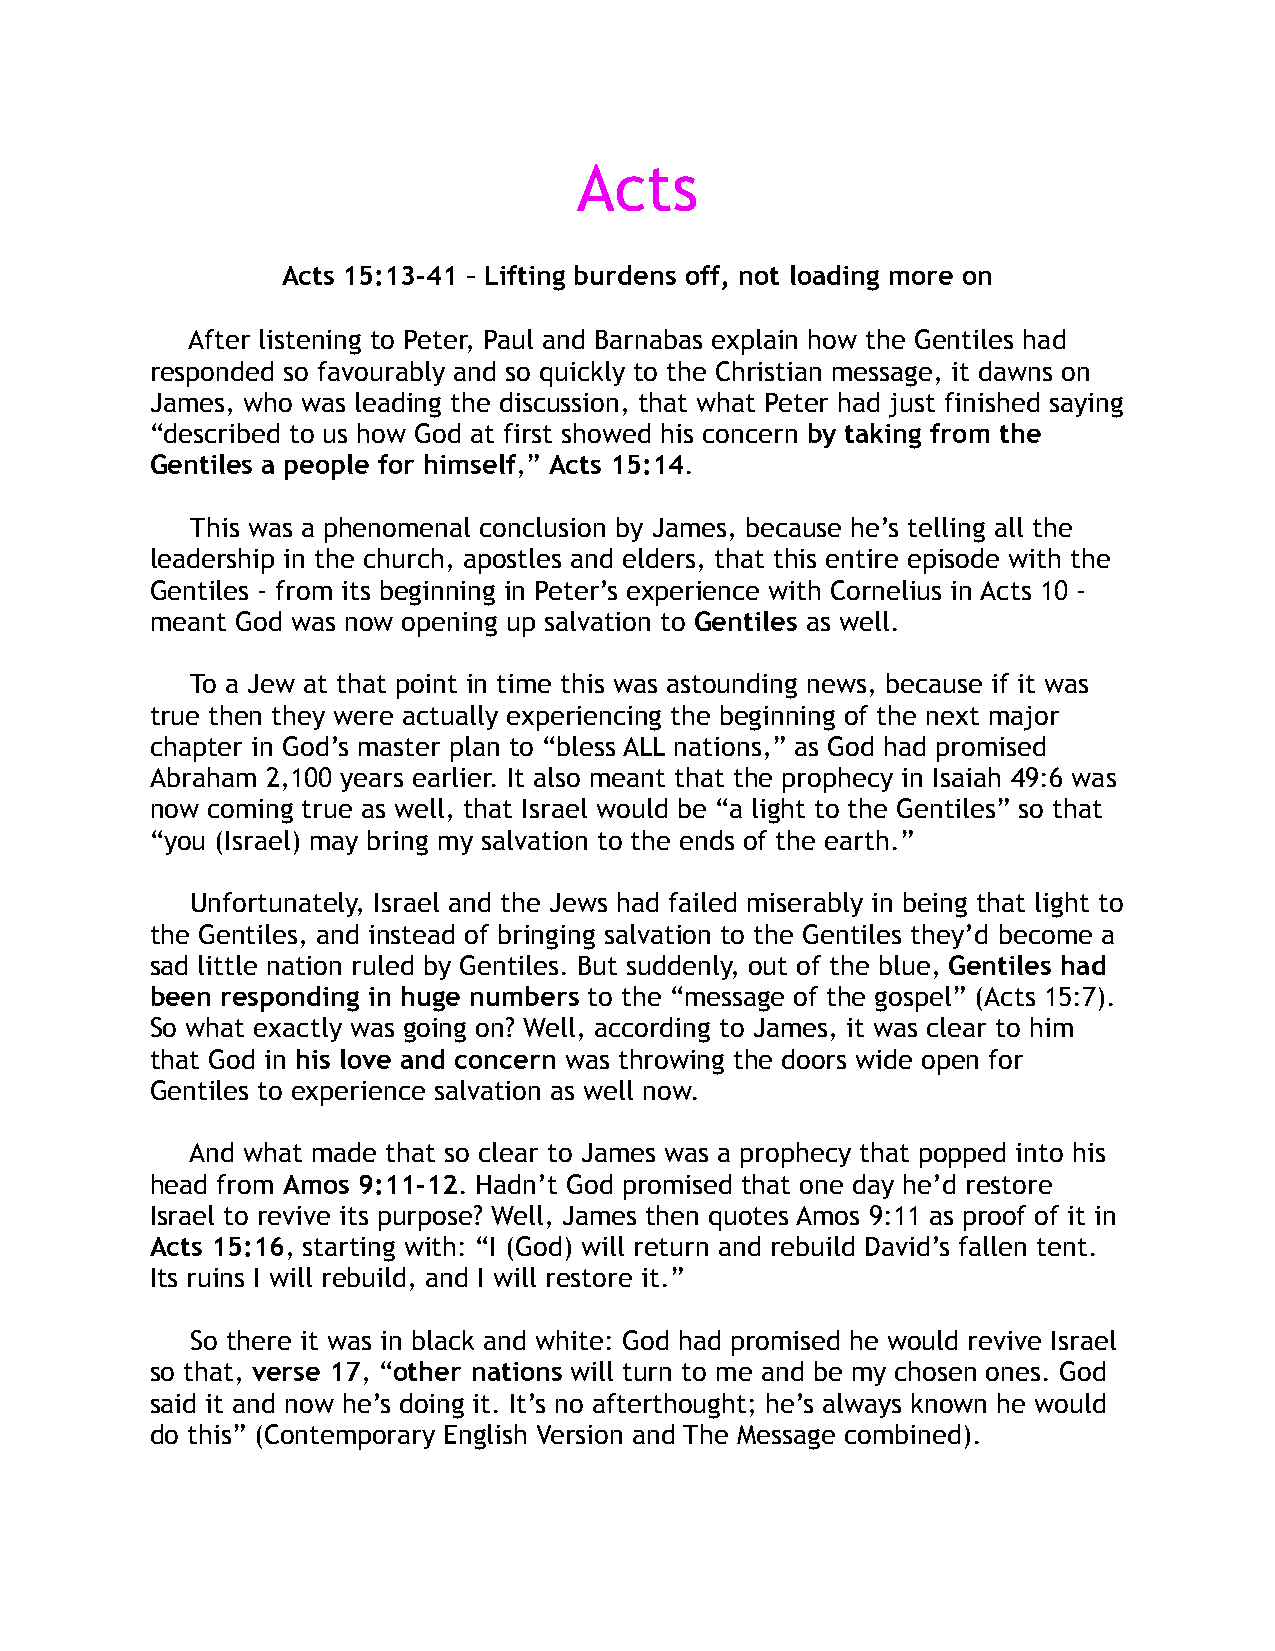
Acts
 Acts 15:13-41 – Lifting burdens off, not loading more on
 After listening to Peter, Paul and Barnabas explain how the Gentiles had
 responded so favourably and so quickly to the Christian message, it dawns on
 James, who was leading the discussion, that what Peter had just finished saying
 “described to us how God at first showed his concern by taking from the
 Gentiles a people for himself,” Acts 15:14.
 This was a phenomenal conclusion by James, because he’s telling all the
 leadership in the church, apostles and elders, that this entire episode with the
 Gentiles - from its beginning in Peter’s experience with Cornelius in Acts 10 -
 meant God was now opening up salvation to Gentiles as well.
 To a Jew at that point in time this was astounding news, because if it was
 true then they were actually experiencing the beginning of the next major
 chapter in God’s master plan to “bless ALL nations,” as God had promised
 Abraham 2,100 years earlier. It also meant that the prophecy in Isaiah 49:6 was
 now coming true as well, that Israel would be “a light to the Gentiles” so that
 “you (Israel) may bring my salvation to the ends of the earth.”
 Unfortunately, Israel and the Jews had failed miserably in being that light to
 the Gentiles, and instead of bringing salvation to the Gentiles they’d become a
 sad little nation ruled by Gentiles. But suddenly, out of the blue, Gentiles had
 been responding in huge numbers to the “message of the gospel” (Acts 15:7).
 So what exactly was going on? Well, according to James, it was clear to him
 that God in his love and concern was throwing the doors wide open for
 Gentiles to experience salvation as well now.
 And what made that so clear to James was a prophecy that popped into his
 head from Amos 9:11-12. Hadn’t God promised that one day he’d restore
 Israel to revive its purpose? Well, James then quotes Amos 9:11 as proof of it in
 Acts 15:16, starting with: “I (God) will return and rebuild David’s fallen tent.
 Its ruins I will rebuild, and I will restore it.”
 So there it was in black and white: God had promised he would revive Israel
 so that, verse 17, “other nations will turn to me and be my chosen ones. God
 said it and now he’s doing it. It’s no afterthought; he’s always known he would
 do this” (Contemporary English Version and The Message combined).